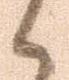
候